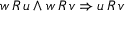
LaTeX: w \, R \, u \land w \, R \, v \Rightarrow u \, R \, v